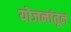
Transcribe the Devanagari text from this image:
योजनांतून